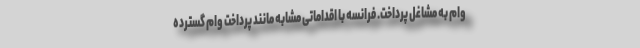
وام به مشاغل پرداخت. فرانسه با اقداماتی مشابه مانند پرداخت وام گسترده